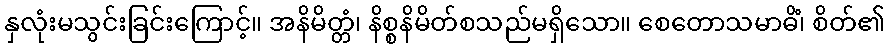
နှလုံးမသွင်းခြင်းကြောင့်။ အနိမိတ္တံ၊ နိစ္စနိမိတ်စသည်မရှိသော။ စေတောသမာဓိံ၊ စိတ်၏